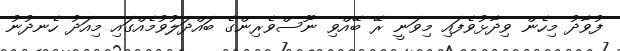
ފުވާދު މިހެން ވިދާޅުވެފައި މިވަނީ ރޭ ބޭއްވި ނޫސްވެރިންގެ ބައްދަލުވުމެއްގައި މިއަދު ހެނދުނު